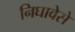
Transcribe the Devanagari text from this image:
निघावेसे